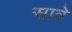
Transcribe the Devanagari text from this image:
सात्रे